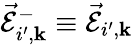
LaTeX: \vec{\mathcal{E}}_{i^{\prime},{\mathbf k}}^{-}\equiv\vec{\mathcal{E}}_{i^{\prime},{\mathbf k}}